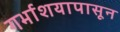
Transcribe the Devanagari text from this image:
गर्भाशयापासून